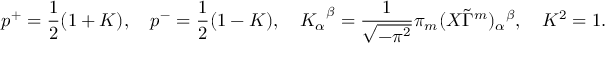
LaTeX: p ^ { + } = \frac { 1 } { 2 } ( 1 + K ) , \quad p ^ { - } = \frac { 1 } { 2 } ( 1 - K ) , \quad { K _ { \alpha } } ^ { \beta } = \frac { 1 } { \sqrt { - \pi ^ { 2 } } } \pi _ { m } ( X \tilde { \Gamma } ^ { m } ) _ { \alpha } { } ^ { \beta } , \quad K ^ { 2 } = 1 .